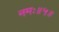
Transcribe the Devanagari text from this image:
नमः॥५॥